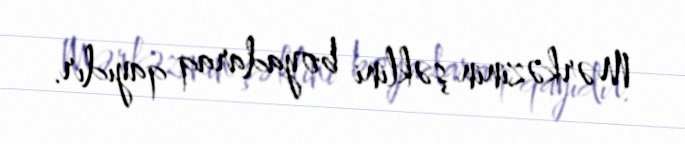
Mərkəzinin şəklini boyadaraq qayıdır.